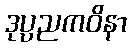
ဒုပ္ပညကဝိနာ